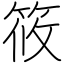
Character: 筱